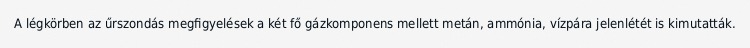
A légkörben az űrszondás megfigyelések a két fő gázkomponens mellett metán, ammónia, vízpára jelenlétét is kimutatták.